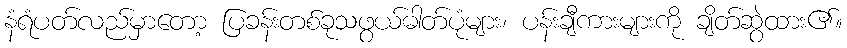
နံရံပတ်လည်မှာတော့ ပြခန်းတစ်ခုသဖွယ်ဓါတ်ပုံများ၊ ပန်းချီကားများကို ချိတ်ဆွဲထား၏။